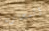
المحاربة